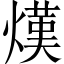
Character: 熯